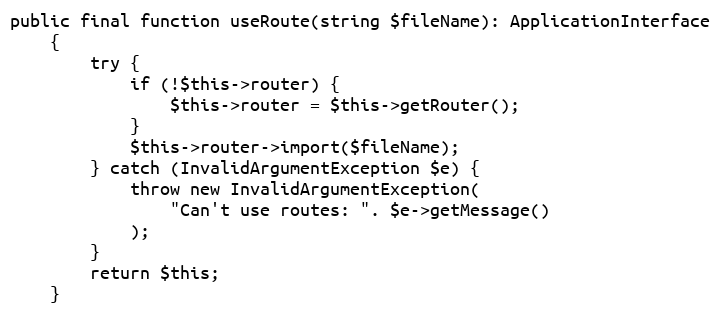
Language: PHP
public final function useRoute(string $fileName): ApplicationInterface
    {
        try {
            if (!$this->router) {
                $this->router = $this->getRouter();
            }
            $this->router->import($fileName);
        } catch (InvalidArgumentException $e) {
            throw new InvalidArgumentException(
                "Can't use routes: ". $e->getMessage()
            );
        }
        return $this;
    }